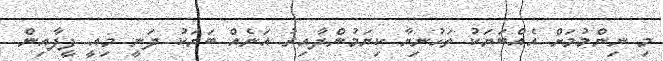
މި ނިންމުމަށް އެއްބަޔަކު ތަހުނިޔާ ކިޔަމުންދާއިރު އަނެއް ބަޔަކު ދަނީ މިއީ ފީފާއިން